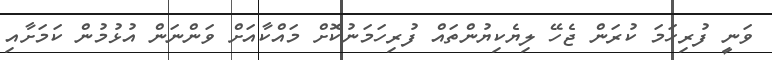
ވަނީ ފުރިހަމަ ކުރަން ޖެހޭ ލިޔެކިޔުންތައް ފުރިހަމަނުކޮށް މައްކާއަށް ވަންނަން އުޅުމުން ކަމަށާއި